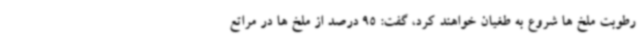
رطوبت ملخ ها شروع به طغیان خواهند کرد، گفت: 95 درصد از ملخ ها در مراتع